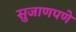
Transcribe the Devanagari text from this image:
सुजाणपणे